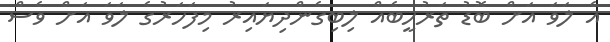
އެ ލަވަ އަށް ބޮޑު ތަރުހީބެއް ލިބިގެންދިޔައިރު މިފަހަރުގެ ލަވަ އަށް ވެސް